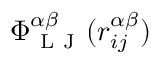
\Phi _ { \mathrm { ~ L ~ J ~ } } ^ { \alpha \beta } ( r _ { i j } ^ { \alpha \beta } )